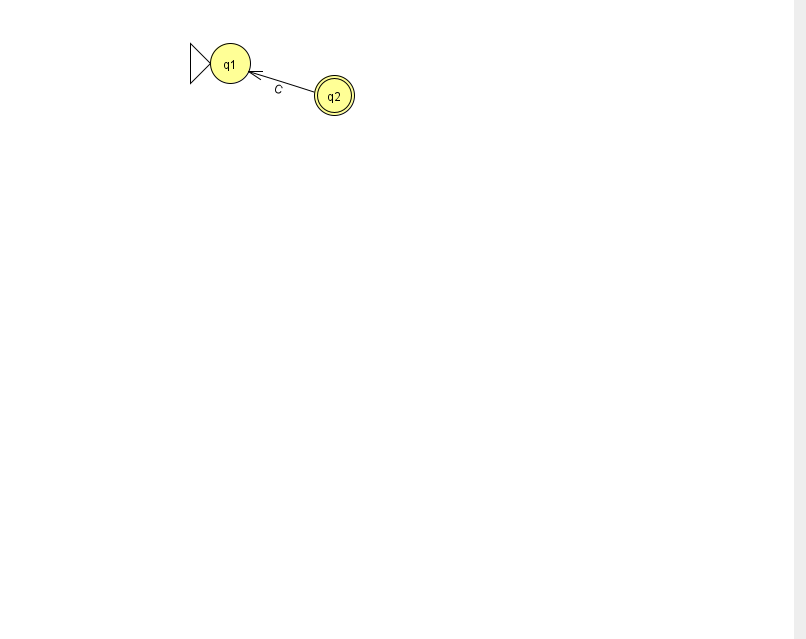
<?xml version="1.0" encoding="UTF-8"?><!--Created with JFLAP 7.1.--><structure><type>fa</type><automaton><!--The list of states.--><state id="1" name="q1"><x>230.0</x><y>50.0</y><initial/></state><state id="2" name="q2"><x>334.0</x><y>82.0</y><final/></state><!--The list of transitions.--><transition><from>2</from><to>1</to><read>C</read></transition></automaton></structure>